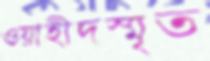
ওয়াহীদস্মৃত